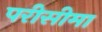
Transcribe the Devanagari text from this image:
परीसीमा